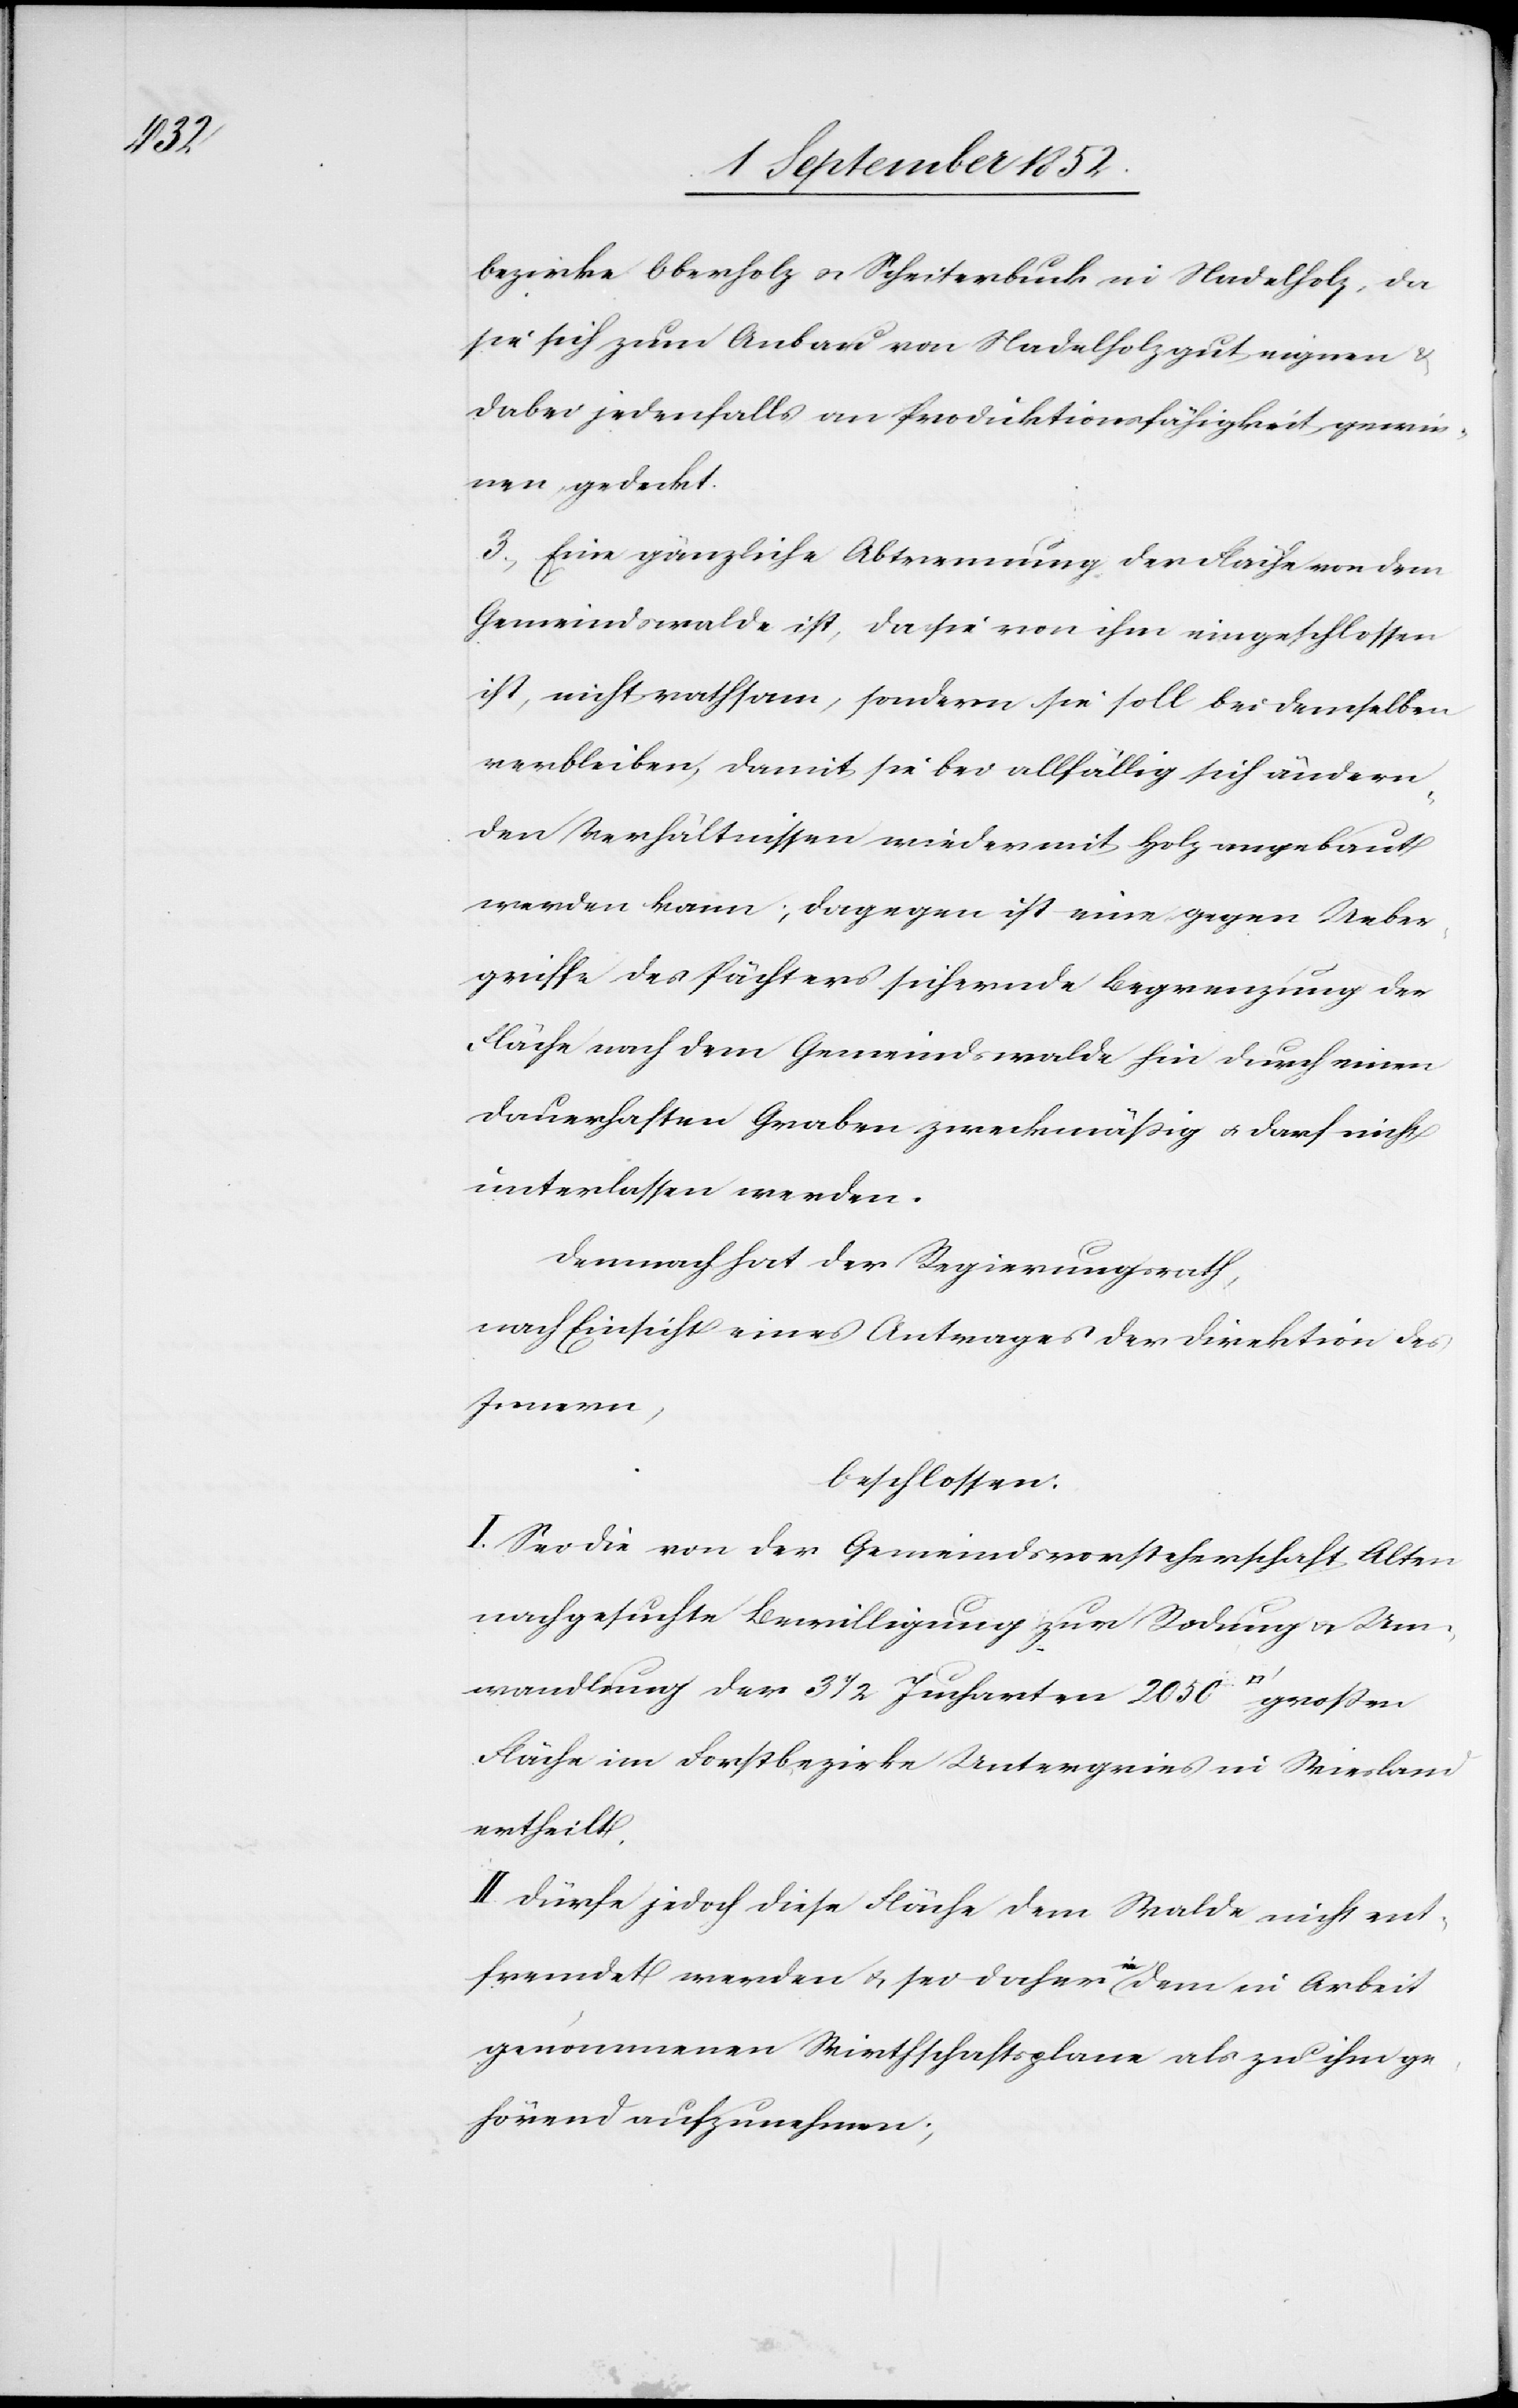
dratfuß]

bezirke Oberholz & Scheiterbuck in Nadelholz, da
sie sich zum Anbau von Nadelholz gut eignen &
dabei jedenfalls an Produktionsfähigkeit gewin¬
nen, gedeckt.
3, Eine gänzliche Abtrennung der Fläche von dem
Gemeindswalde ist, da sie von ihm eingeschlossen
ist, nicht rathsam, sondern sie soll bei demselben
verbleiben, damit sie bei allfällig sich ändern¬
den Verhältnissen wieder mit Holz angebaut
werden kann; dagegen ist eine gegen Ueber¬
griffe des Pächters sichernde Begrenzung der
Fläche nach dem Gemeindswalde hin durch einen
dauerhaften Graben zweckmäßig & darf nicht
unterlassen werden.
Demnach hat der Regierungsrath,
nach Einsicht eines Antrages der Direktion des
Innern,
beschlossen:
I. Sei die von der Gemeindsvorsteherschaft Alten
nachgesuchte Bewilligung zur Rodung & Um¬
wandlung der 3 1/2 Jucharten 2050 [Qua¬
Fläche im Forstbezirke Untergries in Wiesland
ertheilt.
II Dürfe jedoch diese Fläche dem Walde nicht ent¬
fremdet werden & sei daher in dem in Arbeit
genommenen Wirthschaftsplane als zu ihm ge¬
hörend aufzunehmen;